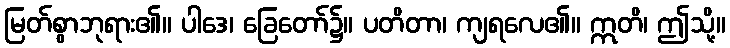
မြတ်စွာဘုရား၏။ ပါဒေ၊ ခြေတော်၌။ ပတိတာ၊ ကျရလေ၏။ ဣတိ၊ ဤသို့။